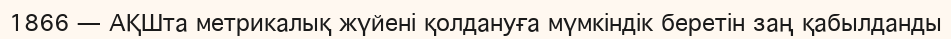
1866 — АҚШта метрикалық жүйенi қолдануға мүмкiндiк беретiн заң қабылданды